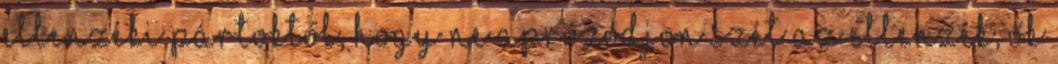
ellenzéki pártoktól, hogy ne aprózódjon szét az ellenzék, ők